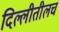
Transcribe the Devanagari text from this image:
दिल्लीतीलच